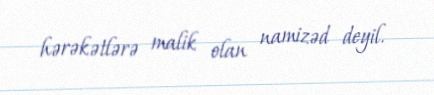
hərəkətlərə malik olan namizəd deyil.